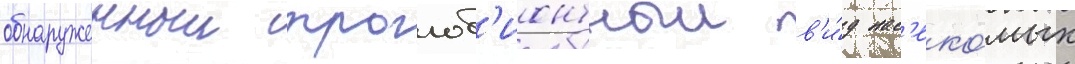
обнаруженныи троглоб'ионтныи в'и́д нас'еко́мых